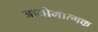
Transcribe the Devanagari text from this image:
आयोमात्मक